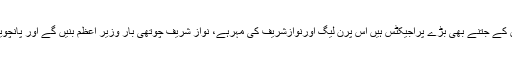
مریم نواز صاحبہ کا کہنا تھا کہ پاکستان کے جتنے بھی بڑے پراجیکٹس ہیں اس پرن لیگ اورنوازشریف کی مہرہے، نواز شریف چوتھی بار وزیر اعظم بنیں گے اور پانچویں بار بھی، روک سکتے ہو تو روک لو۔